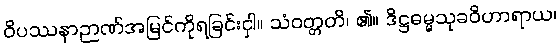
ဝိပဿနာဉာဏ်အမြင်ကိုရခြင်းငှါ။ သံဝတ္တတိ၊ ၏။ ဒိဋ္ဌဓမ္မသုခဝိဟာရာယ၊